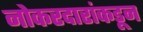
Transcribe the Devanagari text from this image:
नोकरदारांकडून